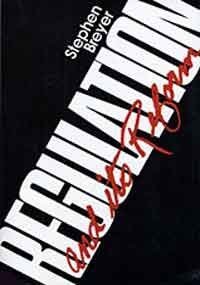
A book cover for Regulation and Its Reform; Stephen Breyer; Law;